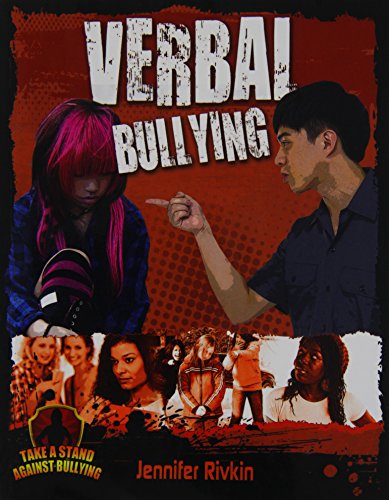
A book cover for Verbal Bullying (Take a Stand Against Bullying (Crabtree)); Jennifer Rivkin; Teen & Young Adult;